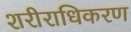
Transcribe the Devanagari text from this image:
शरीराधिकरण